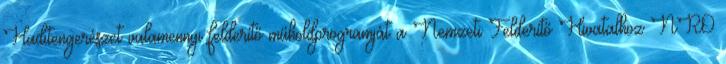
Haditengerészet valamennyi felderítő műholdprogramját a Nemzeti Felderítő Hivatalhoz NRO